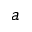
a